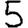
Digit: 5